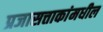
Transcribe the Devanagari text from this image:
प्रजासत्ताकांमधील